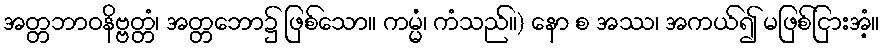
အတ္တဘာဝနိဗ္ဗတ္တံ၊ အတ္တဘော၌ ဖြစ်သော။ ကမ္မံ၊ ကံသည်။) နော စ အဿ၊ အကယ်၍ မဖြစ်ငြားအံ့။